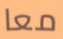
معا